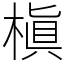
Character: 槇